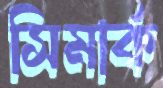
সিমার্ক